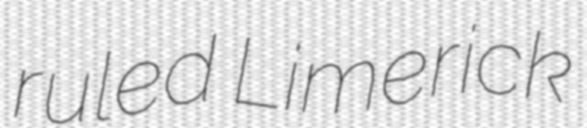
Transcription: ruled Limerick